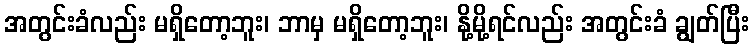
အတွင်းခံလည်း မရှိတော့ဘူး၊ ဘာမှ မရှိတော့ဘူး၊ နို့မို့ရင်လည်း အတွင်းခံ ချွတ်ပြီး